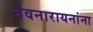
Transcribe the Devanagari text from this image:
नवनारायनांना